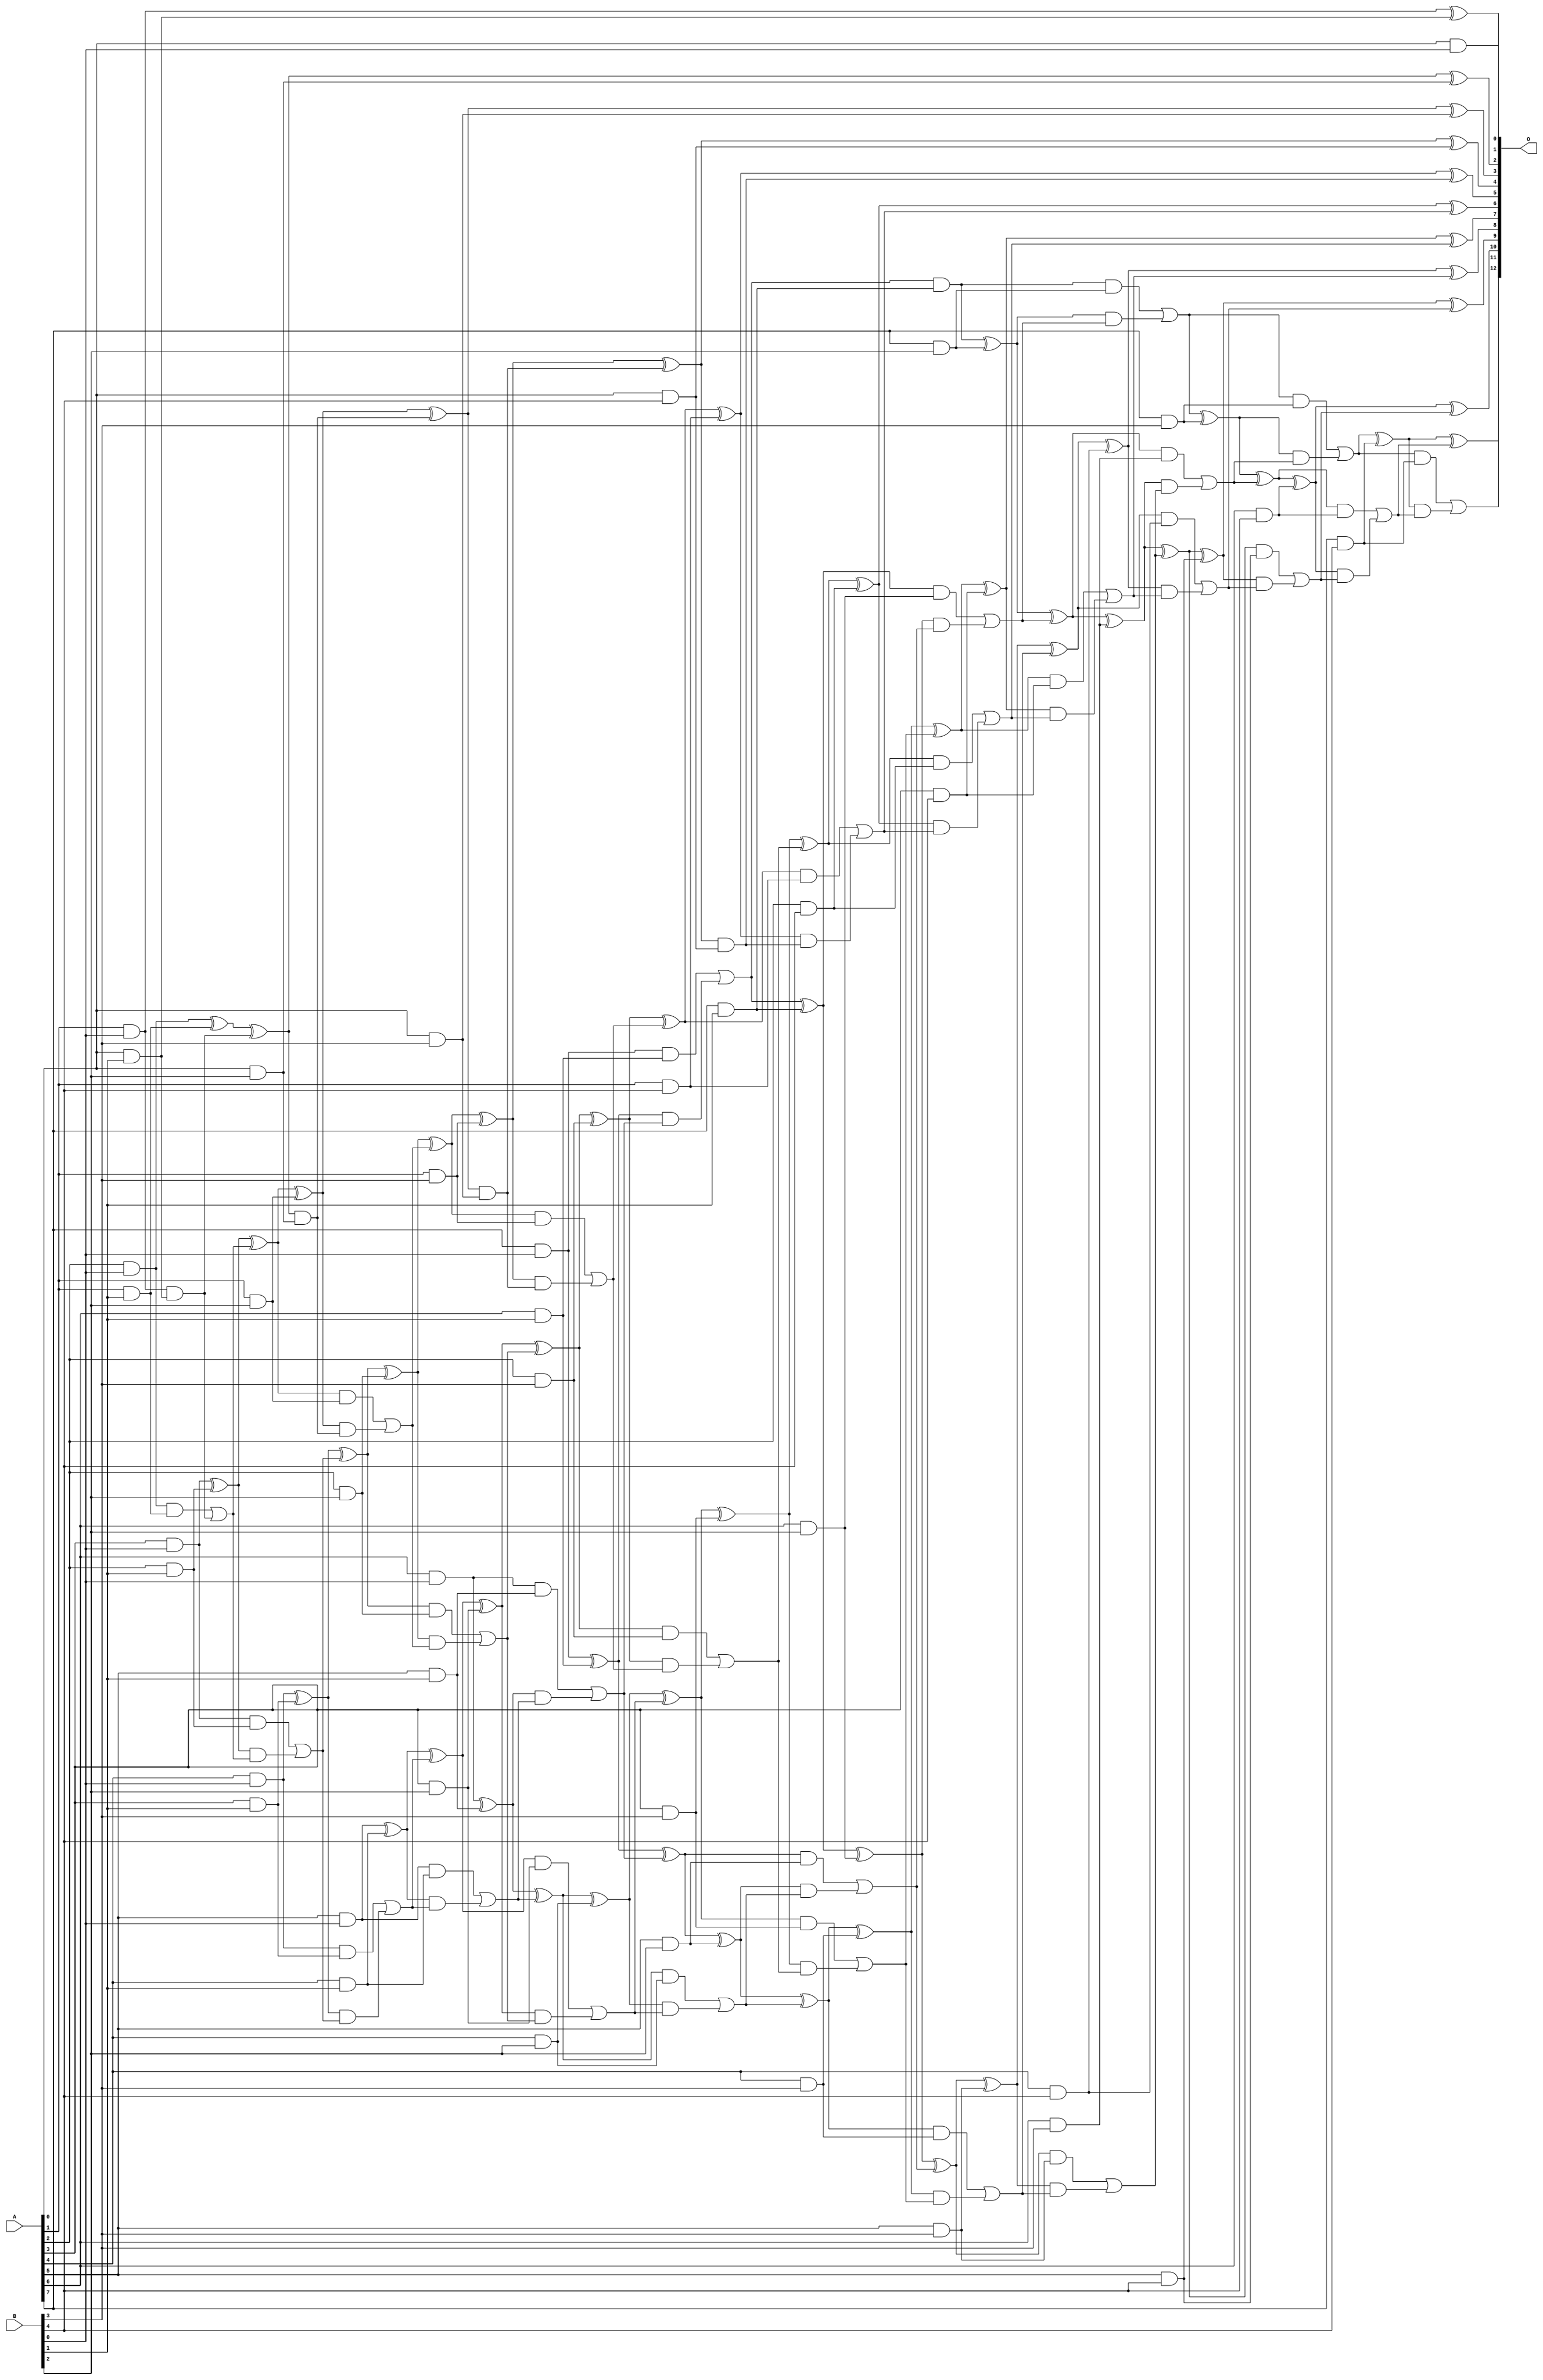
/***
* This code is a part of EvoApproxLib library (ehw.fit.vutbr.cz/approxlib) distributed under The MIT License.
* When used, please cite the following article(s): V. Mrazek, L. Sekanina, Z. Vasicek "Libraries of Approximate Circuits: Automated Design and Application in CNN Accelerators" IEEE Journal on Emerging and Selected Topics in Circuits and Systems, Vol 10, No 4, 2020 
* This file contains a circuit from a sub-set of pareto optimal circuits with respect to the pwr and mre parameters
***/
// MAE% = 0.00 %
// MAE = 0 
// WCE% = 0.00 %
// WCE = 0 
// WCRE% = 0.00 %
// EP% = 0.00 %
// MRE% = 0.00 %
// MSE = 0 
// PDK45_PWR = 0.198 mW
// PDK45_AREA = 436.0 um2
// PDK45_DELAY = 1.34 ns

module mul8x5u_4E8 (
    A,
    B,
    O
);

input [7:0] A;
input [4:0] B;
output [12:0] O;

wire sig_13,sig_14,sig_15,sig_16,sig_17,sig_18,sig_19,sig_20,sig_21,sig_22,sig_23,sig_24,sig_25,sig_26,sig_27,sig_28,sig_29,sig_30,sig_31,sig_32;
wire sig_34,sig_35,sig_36,sig_37,sig_38,sig_39,sig_40,sig_41,sig_42,sig_43,sig_44,sig_45,sig_46,sig_47,sig_48,sig_49,sig_50,sig_51,sig_52,sig_53;
wire sig_54,sig_55,sig_56,sig_57,sig_58,sig_59,sig_60,sig_61,sig_62,sig_63,sig_64,sig_65,sig_66,sig_67,sig_68,sig_69,sig_70,sig_71,sig_72,sig_73;
wire sig_74,sig_75,sig_76,sig_77,sig_78,sig_79,sig_80,sig_81,sig_82,sig_83,sig_84,sig_85,sig_86,sig_87,sig_88,sig_89,sig_90,sig_91,sig_92,sig_93;
wire sig_94,sig_95,sig_96,sig_97,sig_98,sig_99,sig_100,sig_101,sig_102,sig_103,sig_104,sig_105,sig_106,sig_107,sig_108,sig_109,sig_110,sig_111,sig_112,sig_113;
wire sig_114,sig_115,sig_116,sig_117,sig_118,sig_119,sig_120,sig_121,sig_122,sig_123,sig_124,sig_125,sig_126,sig_127,sig_128,sig_129,sig_130,sig_131,sig_132,sig_133;
wire sig_134,sig_135,sig_136,sig_137,sig_138,sig_139,sig_140,sig_141,sig_142,sig_143,sig_144,sig_145,sig_146,sig_147,sig_148,sig_149,sig_150,sig_151,sig_152,sig_153;
wire sig_154,sig_155,sig_156,sig_157,sig_158,sig_159,sig_160,sig_161,sig_162,sig_163,sig_164,sig_165,sig_166,sig_167,sig_168,sig_169,sig_170,sig_171,sig_172,sig_173;
wire sig_174,sig_175,sig_176,sig_177,sig_178,sig_179,sig_180,sig_181,sig_182,sig_183,sig_184,sig_185,sig_186,sig_187,sig_188,sig_189,sig_190,sig_191,sig_192,sig_193;
wire sig_194,sig_195,sig_196,sig_197;

assign sig_13 = A[0] & B[0];
assign sig_14 = A[1] & B[0];
assign sig_15 = A[2] & B[0];
assign sig_16 = A[3] & B[0];
assign sig_17 = A[4] & B[0];
assign sig_18 = A[5] & B[0];
assign sig_19 = A[6] & B[0];
assign sig_20 = A[7] & B[0];
assign sig_21 = A[0] & B[1];
assign sig_22 = A[1] & B[1];
assign sig_23 = A[2] & B[1];
assign sig_24 = A[3] & B[1];
assign sig_25 = A[4] & B[1];
assign sig_26 = A[5] & B[1];
assign sig_27 = A[6] & B[1];
assign sig_28 = A[7] & B[1];
assign sig_29 = sig_14 & sig_21;
assign sig_30 = sig_14 ^ sig_21;
assign sig_31 = sig_15 ^ sig_22;
assign sig_32 = sig_15 & sig_22;
assign sig_34 = sig_31 ^ sig_29;
assign sig_35 = sig_32 | sig_29;
assign sig_36 = sig_16 ^ sig_23;
assign sig_37 = sig_16 & sig_23;
assign sig_38 = sig_36 & sig_35;
assign sig_39 = sig_36 ^ sig_35;
assign sig_40 = sig_37 | sig_38;
assign sig_41 = sig_17 ^ sig_24;
assign sig_42 = sig_17 & sig_24;
assign sig_43 = sig_41 & sig_40;
assign sig_44 = sig_41 ^ sig_40;
assign sig_45 = sig_42 | sig_43;
assign sig_46 = sig_18 ^ sig_25;
assign sig_47 = sig_18 & sig_25;
assign sig_48 = sig_46 & sig_45;
assign sig_49 = sig_46 ^ sig_45;
assign sig_50 = sig_47 | sig_48;
assign sig_51 = sig_19 ^ sig_26;
assign sig_52 = sig_19 & sig_26;
assign sig_53 = sig_51 & sig_50;
assign sig_54 = sig_51 ^ sig_50;
assign sig_55 = sig_52 | sig_53;
assign sig_56 = sig_20 ^ sig_27;
assign sig_57 = sig_20 & sig_27;
assign sig_58 = sig_56 & sig_55;
assign sig_59 = sig_56 ^ sig_55;
assign sig_60 = sig_57 | sig_58;
assign sig_61 = sig_60 & sig_28;
assign sig_62 = sig_60 ^ sig_28;
assign sig_63 = A[0] & B[2];
assign sig_64 = A[1] & B[2];
assign sig_65 = A[2] & B[2];
assign sig_66 = A[3] & B[2];
assign sig_67 = A[4] & B[2];
assign sig_68 = A[5] & B[2];
assign sig_69 = A[6] & B[2];
assign sig_70 = A[7] & B[2];
assign sig_71 = sig_34 & sig_63;
assign sig_72 = sig_34 ^ sig_63;
assign sig_73 = sig_39 ^ sig_64;
assign sig_74 = sig_39 & sig_64;
assign sig_75 = sig_73 & sig_71;
assign sig_76 = sig_73 ^ sig_71;
assign sig_77 = sig_74 | sig_75;
assign sig_78 = sig_44 ^ sig_65;
assign sig_79 = sig_44 & sig_65;
assign sig_80 = sig_78 & sig_77;
assign sig_81 = sig_78 ^ sig_77;
assign sig_82 = sig_79 | sig_80;
assign sig_83 = sig_49 ^ sig_66;
assign sig_84 = sig_49 & sig_66;
assign sig_85 = sig_83 & sig_82;
assign sig_86 = sig_83 ^ sig_82;
assign sig_87 = sig_84 | sig_85;
assign sig_88 = sig_54 ^ sig_67;
assign sig_89 = sig_54 & sig_67;
assign sig_90 = sig_88 & sig_87;
assign sig_91 = sig_88 ^ sig_87;
assign sig_92 = sig_89 | sig_90;
assign sig_93 = sig_59 ^ sig_68;
assign sig_94 = sig_59 & sig_68;
assign sig_95 = sig_93 & sig_92;
assign sig_96 = sig_93 ^ sig_92;
assign sig_97 = sig_94 | sig_95;
assign sig_98 = sig_62 ^ sig_69;
assign sig_99 = sig_62 & sig_69;
assign sig_100 = sig_98 & sig_97;
assign sig_101 = sig_98 ^ sig_97;
assign sig_102 = sig_99 | sig_100;
assign sig_103 = sig_61 ^ sig_70;
assign sig_104 = sig_61 & sig_70;
assign sig_105 = sig_103 & sig_102;
assign sig_106 = sig_103 ^ sig_102;
assign sig_107 = sig_104 | sig_105;
assign sig_108 = A[0] & B[3];
assign sig_109 = A[1] & B[3];
assign sig_110 = A[2] & B[3];
assign sig_111 = A[3] & B[3];
assign sig_112 = A[4] & B[3];
assign sig_113 = A[5] & B[3];
assign sig_114 = A[6] & B[3];
assign sig_115 = A[7] & B[3];
assign sig_116 = sig_76 & sig_108;
assign sig_117 = sig_76 ^ sig_108;
assign sig_118 = sig_81 ^ sig_109;
assign sig_119 = sig_81 & sig_109;
assign sig_120 = sig_118 & sig_116;
assign sig_121 = sig_118 ^ sig_116;
assign sig_122 = sig_119 | sig_120;
assign sig_123 = sig_86 ^ sig_110;
assign sig_124 = sig_86 & sig_110;
assign sig_125 = sig_123 & sig_122;
assign sig_126 = sig_123 ^ sig_122;
assign sig_127 = sig_124 | sig_125;
assign sig_128 = sig_91 ^ sig_111;
assign sig_129 = sig_91 & sig_111;
assign sig_130 = sig_128 & sig_127;
assign sig_131 = sig_128 ^ sig_127;
assign sig_132 = sig_129 | sig_130;
assign sig_133 = sig_96 ^ sig_112;
assign sig_134 = sig_96 & sig_112;
assign sig_135 = sig_133 & sig_132;
assign sig_136 = sig_133 ^ sig_132;
assign sig_137 = sig_134 | sig_135;
assign sig_138 = sig_101 ^ sig_113;
assign sig_139 = sig_101 & sig_113;
assign sig_140 = sig_138 & sig_137;
assign sig_141 = sig_138 ^ sig_137;
assign sig_142 = sig_139 | sig_140;
assign sig_143 = sig_106 ^ sig_114;
assign sig_144 = sig_106 & sig_114;
assign sig_145 = sig_143 & sig_142;
assign sig_146 = sig_143 ^ sig_142;
assign sig_147 = sig_144 | sig_145;
assign sig_148 = sig_107 ^ sig_115;
assign sig_149 = sig_107 & sig_115;
assign sig_150 = sig_148 & sig_147;
assign sig_151 = sig_148 ^ sig_147;
assign sig_152 = sig_149 | sig_150;
assign sig_153 = A[0] & B[4];
assign sig_154 = A[1] & B[4];
assign sig_155 = A[2] & B[4];
assign sig_156 = A[3] & B[4];
assign sig_157 = A[4] & B[4];
assign sig_158 = A[5] & B[4];
assign sig_159 = A[6] & B[4];
assign sig_160 = A[7] & B[4];
assign sig_161 = sig_121 & sig_153;
assign sig_162 = sig_121 ^ sig_153;
assign sig_163 = sig_126 ^ sig_154;
assign sig_164 = sig_126 & sig_154;
assign sig_165 = sig_163 & sig_161;
assign sig_166 = sig_163 ^ sig_161;
assign sig_167 = sig_164 | sig_165;
assign sig_168 = sig_131 ^ sig_155;
assign sig_169 = sig_131 & sig_155;
assign sig_170 = sig_168 & sig_167;
assign sig_171 = sig_168 ^ sig_167;
assign sig_172 = sig_169 | sig_170;
assign sig_173 = sig_136 ^ sig_156;
assign sig_174 = sig_136 & sig_156;
assign sig_175 = sig_173 & sig_172;
assign sig_176 = sig_173 ^ sig_172;
assign sig_177 = sig_174 | sig_175;
assign sig_178 = sig_141 ^ sig_157;
assign sig_179 = sig_141 & sig_157;
assign sig_180 = sig_178 & sig_177;
assign sig_181 = sig_178 ^ sig_177;
assign sig_182 = sig_179 | sig_180;
assign sig_183 = sig_146 ^ sig_158;
assign sig_184 = sig_146 & sig_158;
assign sig_185 = sig_183 & sig_182;
assign sig_186 = sig_183 ^ sig_182;
assign sig_187 = sig_184 | sig_185;
assign sig_188 = sig_151 ^ sig_159;
assign sig_189 = sig_151 & sig_159;
assign sig_190 = sig_188 & sig_187;
assign sig_191 = sig_188 ^ sig_187;
assign sig_192 = sig_189 | sig_190;
assign sig_193 = sig_152 ^ sig_160;
assign sig_194 = sig_152 & sig_160;
assign sig_195 = sig_193 & sig_192;
assign sig_196 = sig_193 ^ sig_192;
assign sig_197 = sig_194 | sig_195;

assign O[12] = sig_197;
assign O[11] = sig_196;
assign O[10] = sig_191;
assign O[9] = sig_186;
assign O[8] = sig_181;
assign O[7] = sig_176;
assign O[6] = sig_171;
assign O[5] = sig_166;
assign O[4] = sig_162;
assign O[3] = sig_117;
assign O[2] = sig_72;
assign O[1] = sig_30;
assign O[0] = sig_13;

endmodule